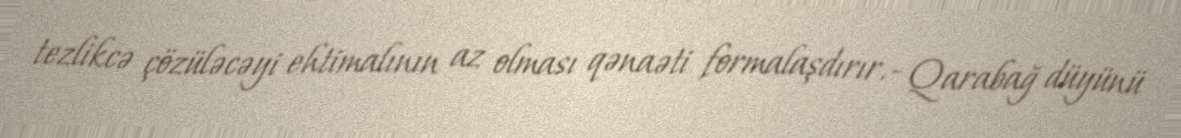
tezlikcə çözüləcəyi ehtimalının az olması qənaəti formalaşdırır.- Qarabağ düyünü